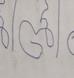
Signature authenticity: forged